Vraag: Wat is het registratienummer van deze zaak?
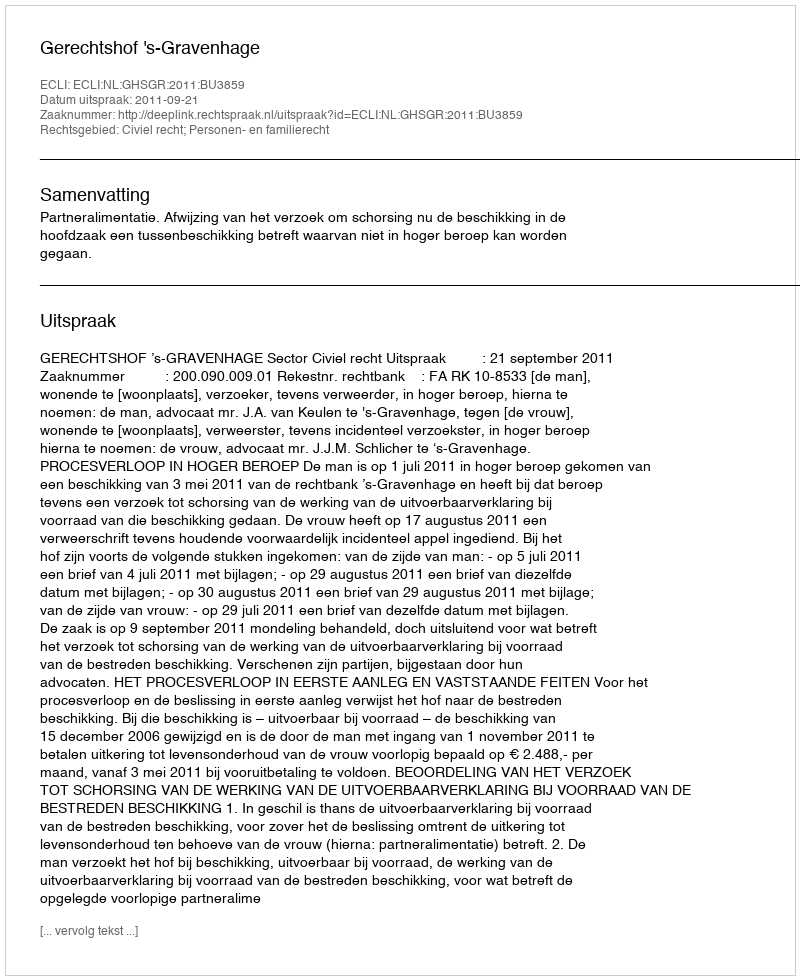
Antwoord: http://deeplink.rechtspraak.nl/uitspraak?id=ECLI:NL:GHSGR:2011:BU3859